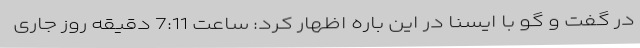
در گفت و گو با ایسنا در این باره اظهار کرد: ساعت 7:11 دقیقه روز جاری